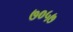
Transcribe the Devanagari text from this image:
७०५७